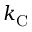
k _ { \mathrm { { C } } }